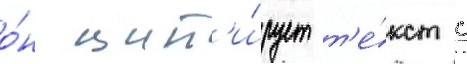
о́н цит'и́рует т'е́кст с